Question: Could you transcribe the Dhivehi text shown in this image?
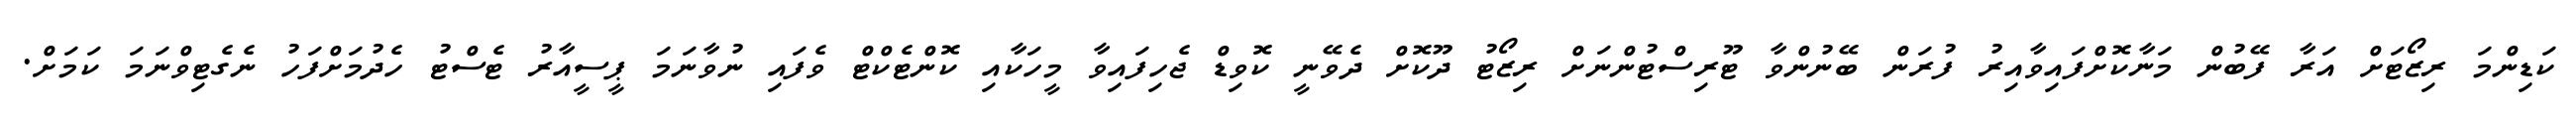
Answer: ކަޑިންމަ ރިޒޯޓަށް އަރާ ފޭބުން މަނާކޮށްފައިވާއިރު ފުރަން ބޭނުންވާ ޓޫރިސްޓުންނަށް ރިޒޯޓު ދޫކޮށް ދެވޭނީ ކޮވިޑް ޖެހިފައިވާ މީހަކާއި ކޮންޓެކްޓް ވެފައި ނުވާނަމަ ޕީސީއާރު ޓެސްޓު ހެދުމަށްފަހު ނެގެޓިވްނަމަ ކަމަށް.